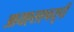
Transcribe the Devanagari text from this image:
आयएसएचयूपी